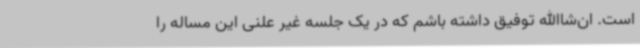
است. ان‌شاالله توفیق داشته باشم که در یک جلسه غیر علنی این مساله را